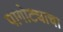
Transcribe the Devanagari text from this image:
पागोट्याचा